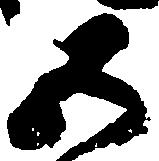
五